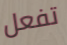
تفعل